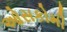
ઓસકોમી